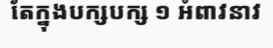
តែក្នុងបក្សបក្ស ១ អំពាវនាវ